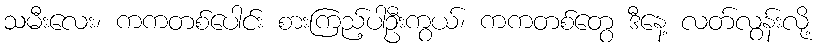
သမီးလေး၊ ကကတစ်ပေါင်း စားကြည့်ပါဦးကွယ်၊ ကကတစ်တွေ ဒီနေ့ လတ်လွန်းလို့